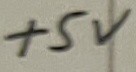
Text: +5V